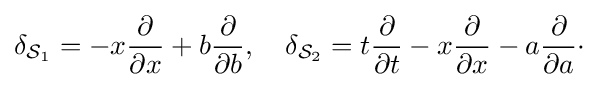
\delta _{{\mathcal {S}}_{1}}=-x{\dfrac {\partial }{\partial x}}+b{\dfrac {\partial }{\partial b}},\quad \delta _{{\mathcal {S}}_{2}}=t{\dfrac {\partial }{\partial t}}-x{\dfrac {\partial }{\partial x}}-a{\dfrac {\partial }{\partial a}}\cdot